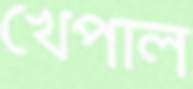
খেপাল